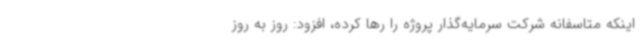
اینکه متاسفانه شرکت سرمایه‌گذار پروژه را رها کرده، افزود: روز به روز